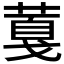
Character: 𦸘